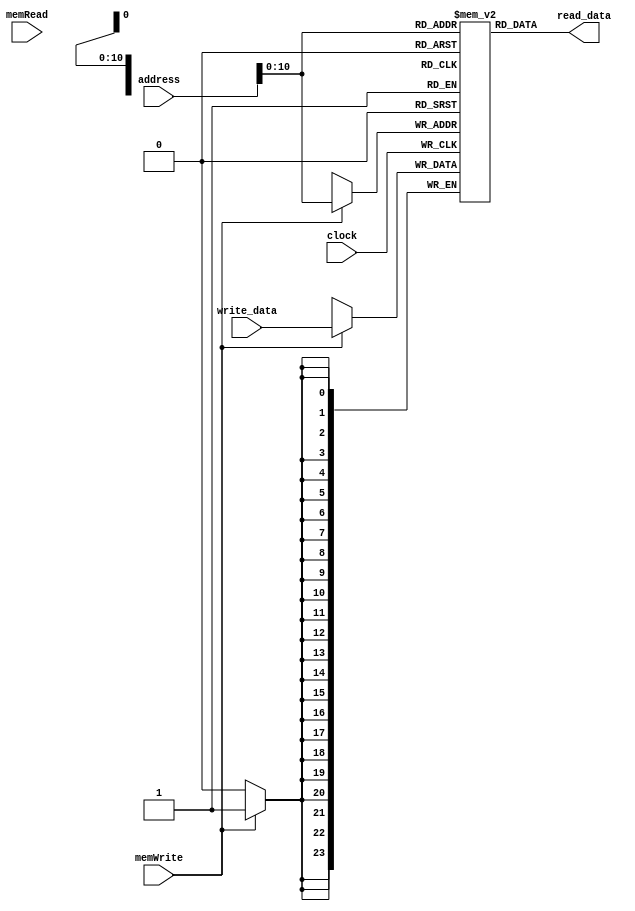
module data_memory(

  input clock,
  input memWrite,
  input memRead,
  input [23:0] address,
  output reg [23:0] read_data,
  input [23:0] write_data

);
  
  
  integer i;
  reg [23:0] ram [0:2047];
  wire [11:0] ram_addr = address[11:0];


  always @(posedge clock) begin
    
    if (memWrite) begin
      
      ram[ram_addr] <= write_data;
      
    end
  
  end
  

   
  	assign read_data = ram[ram_addr];
     
  
endmodule